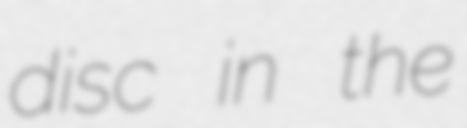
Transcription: disc in the